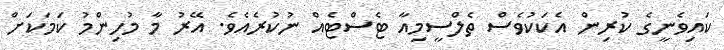
ކައިވެނީގެ ކުރިން އެކަކުވެސް ތެލްސީމިއާ ޓެސްޓެއް ނުކުރެއެވެ. އޭރު މާ މުހިންމު ކަމަކަށް